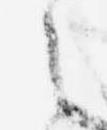
之